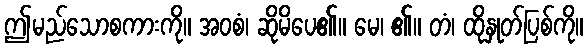
ဤမည်သောစကားကို။ အဝစံ၊ ဆိုမိပေ၏။ မေ၊ ၏။ တံ၊ ထိုနှုတ်ပြစ်ကို။